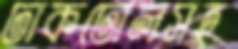
ঢাকঢোলসহ